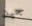
جيد